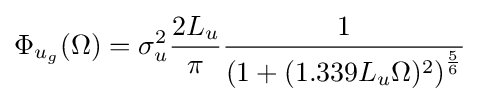
\Phi _{u_{g}}(\Omega )=\sigma _{u}^{2}{\frac {2L_{u}}{\pi }}{\frac {1}{\left(1+(1.339L_{u}\Omega )^{2}\right)^{\frac {5}{6}}}}